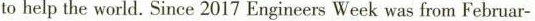
to help the world. Since 2017 Engineers Week was from Februar-